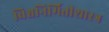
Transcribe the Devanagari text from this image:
विश्वनिर्मितीशास्त्र